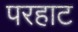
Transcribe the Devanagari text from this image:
परहाट